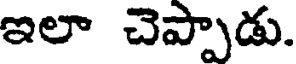
ఇలా చెప్పాడు.